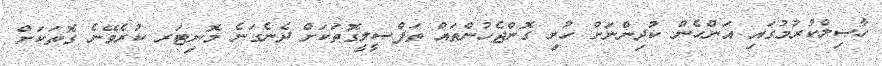
ހާޞިލްކުރުމުގައި އަންހެން ކުދިންނަށް ހުރި ގޮންޖެހުންތައް ތަފްޞީލީގޮތަކަށް ދެނެގަނެ މޮނިޓަރ ކުރެވޭނެ ގޮތަކަށް